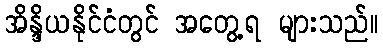
အိန္ဒိယနိုင်ငံတွင် အတွေ့ရ များသည်။